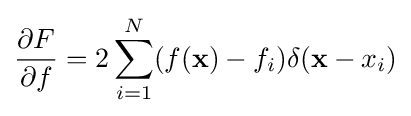
{\partial F \over \partial f}=2\sum _{i=1}^{N}(f(\mathbf {x} )-f_{i})\delta (\mathbf {x} -x_{i})